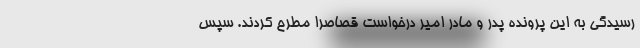
رسیدگی به این پرونده پدر و مادر امیر درخواست قصاصرا مطرح کردند. سپس